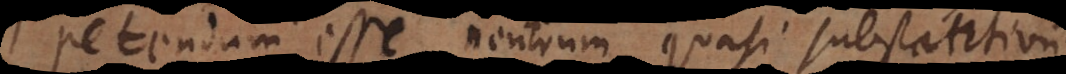
petendum esse neutrum quasi substantivum,